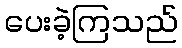
ပေးခဲ့ကြသည်